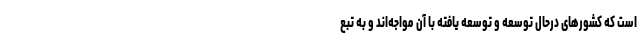
است که کشورهای درحال توسعه و توسعه یافته با آن مواجه‌اند و به تبع